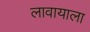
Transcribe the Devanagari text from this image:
लावायाला